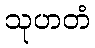
သုဟတံ